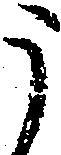
う